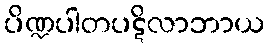
ပိဏ္ဍပါတပဋိလာဘာယ